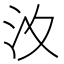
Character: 𣲋